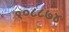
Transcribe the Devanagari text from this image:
१०८८७४